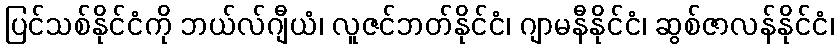
ပြင်သစ်နိုင်ငံကို ဘယ်လ်ဂျီယံ၊ လူဇင်ဘတ်နိုင်ငံ၊ ဂျာမနီနိုင်ငံ၊ ဆွစ်ဇာလန်နိုင်ငံ၊